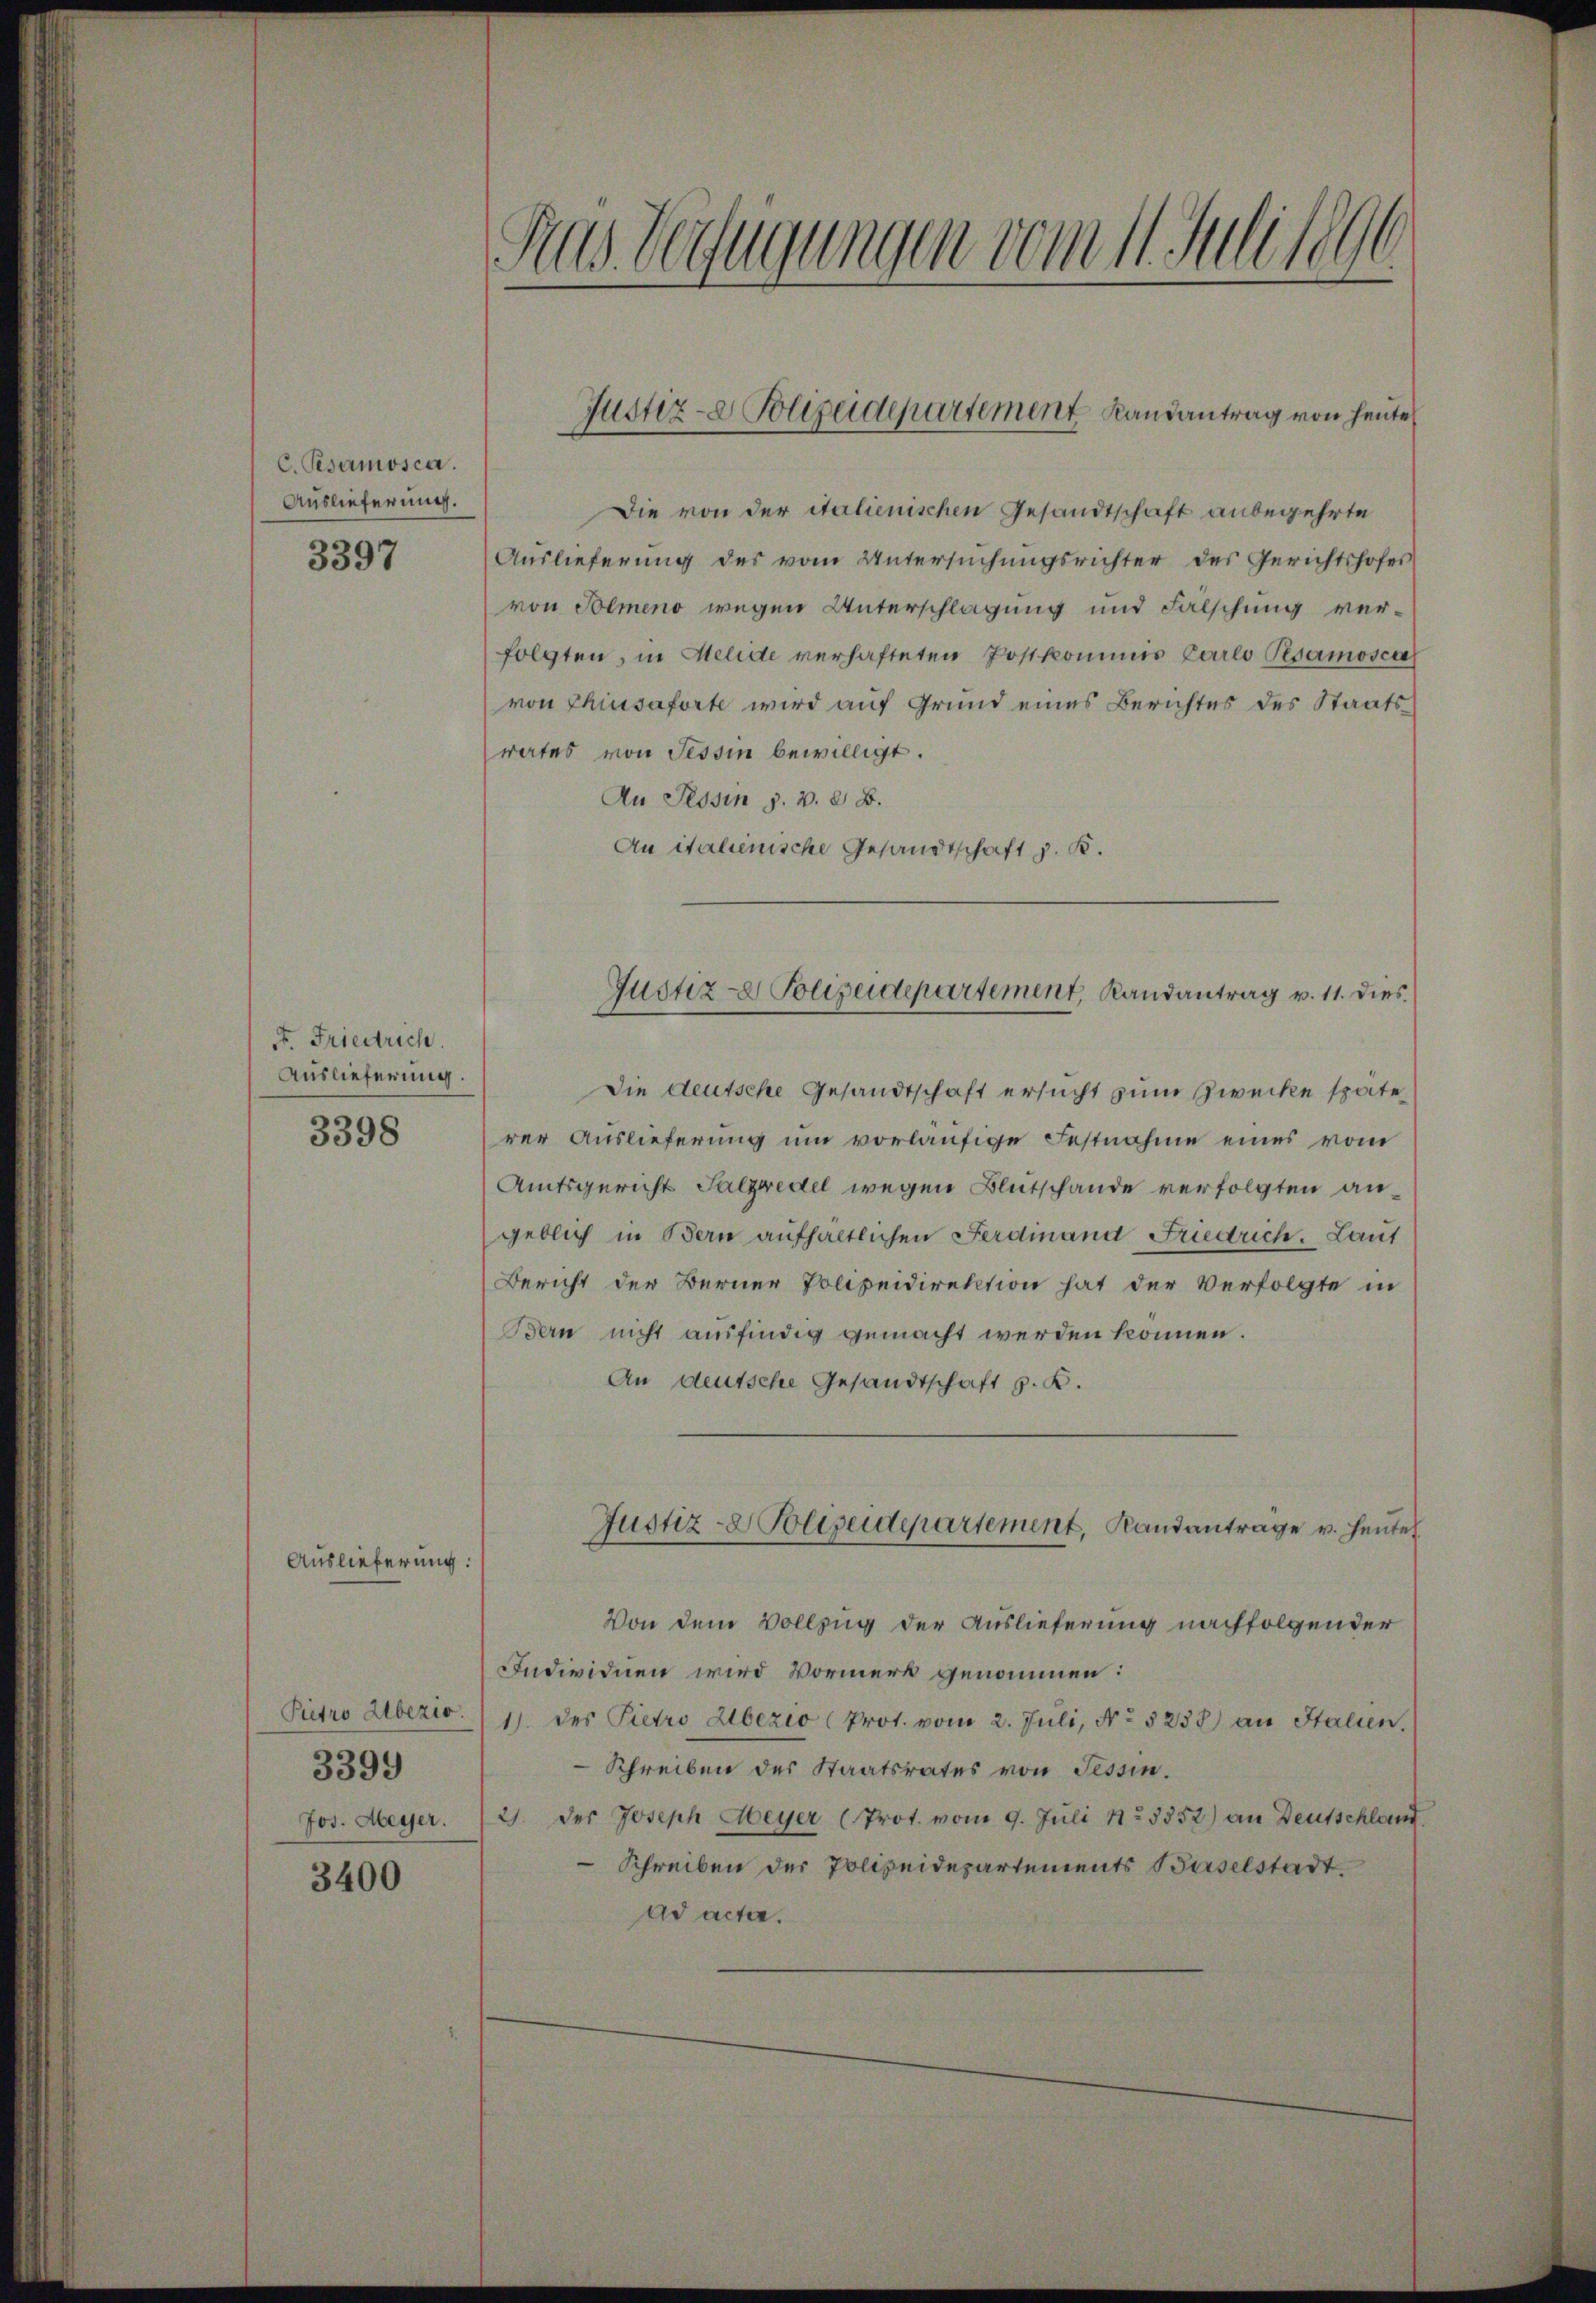
C. Pesamosca.
Auslieferung.
3397

A. Friedrich.
Auslieferung.

3398

Auslieferung

Ptro Alberio.
3399
Jos. Meyer.

3400

Ras Verfügungen vom 14. Juli 1890

Die von der italienischen Gesandtschaft anbegehrte
Auslieferung des vom Untersuchungsrichter des Gerichtshofes
von Solmeno wegen Unterschlagung und Fälschung verfolgten, in Melide verhafteten Postkommis Carlo Psamoscal
von Chiusaforte wird auf Grund eines Berichtes des Staatsrates von Tessin bewilligt.
An Tessin s. v. d. B.
An italienische Gesandtschaft z. B.
Die deutsche Gesandtschaft ersucht zum Zwecke späte
rer Auslieferung um vorläufige Festnahme eines vom
Amtsgericht Salzredel wegen Blutschande verfolgten angeblich in Bern aufhaltlichen Ferdinand Friedrich. Laut
Bericht der Berner Polizeidirektion hat der Verfolgte in
Ben nicht ausfindig gemacht werden können.
An deutsche Gesandtschaft z. K.
Justiz-Polizeidepartement, Randantrage v. Heute
Von dem Vollzug der Auslieferung nachfolgender
Individuen wird Vormerk genommen:
1) des Pietro Alberio (Prot. vom 2. Juli, No 5238) an Stalien,
Schreiben des Staatsrates von Tessin.
2). Der Joseph Meyer (Prot. vom 9. Juli 1823352) an Deutschland.
Schreiben der Polizeidepartements Baselstadt
ad acter.

Justiz- Polizeidepartement Landantrag von heute

Justiz- & Polizeidepartement, Randantrag v. 11. dies